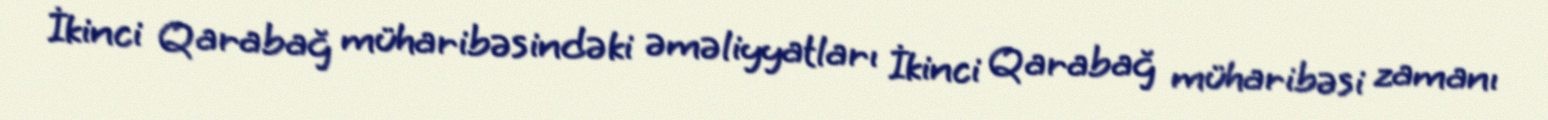
İkinci Qarabağ müharibəsindəki əməliyyatları İkinci Qarabağ müharibəsi zamanı